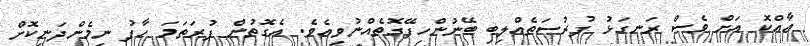
އާއްކޮ އަށް ވެސް ރަނގަޅު ފުރުޞަތެއްލިބި ބޭނުންހިފޭގޮތެއްނުވިއެވެ. އެގޮތުން ފުރަތަމަ ހާފު ނިމެންދަނިކޮށް